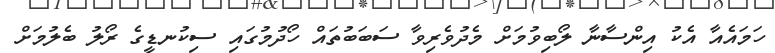
ހަމައެއާ އެކު އިންސާނާ ލޯބިވުމަށް މެދުވެރިވާ ސަބަބުތައް ހޯދުމުގައި ސިކުނޑީގެ ރޯލު ބެލުމަށް